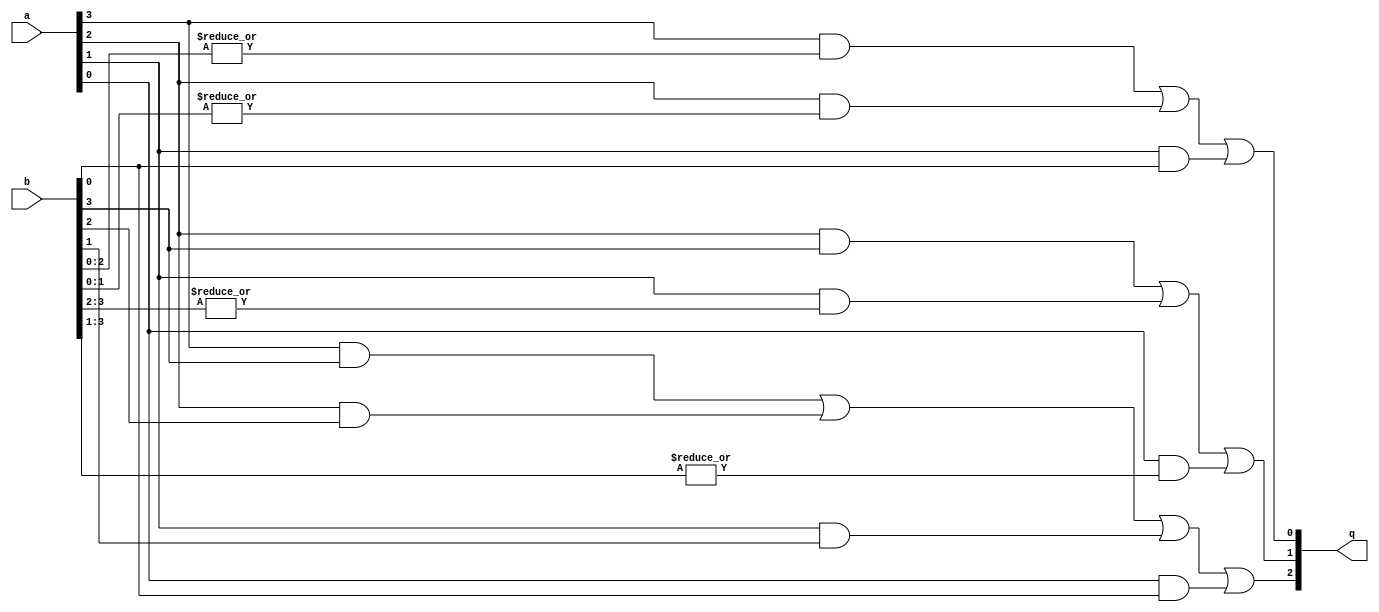
module comp4 (/*AUTOARG*/
   // Outputs
   q,
   // Inputs
   a, b
   );

   input [3:0]   a, b;		// the data inputs to be compared
   output [2:0]  q;		// the comparison result

   // a > b
   assign q[0] = (a[3]&(|b[2:0])) | (a[2]&(|b[1:0])) | (a[1]&(|b[0:0]));

   // a < b
   assign q[1] = (a[2]&(|b[3:3])) | (a[1]&(|b[3:2])) | (a[0]&(|b[3:1]));

   // a = b
   assign q[2] = (a[3]&b[3]) | (a[2]&b[2]) | (a[1]&b[1]) | (a[0]&b[0]);

endmodule